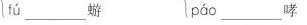
fú ___ 蝣 páo ___ 哮